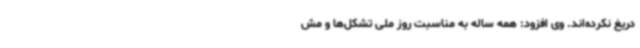
دریغ نکرده‌اند. وی افزود: همه ساله به مناسبت روز ملی تشکل‌ها و مش